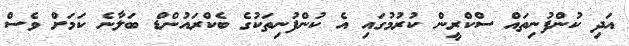
އަދި ކުންފުނިތައް ސްކްރީން ކުރުމުގައި އެ ކުންފުނިތަކުގެ ބެކްރައުންޑް ބަލާނެ ކަމަށް ވެސް